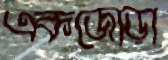
একজোড়া